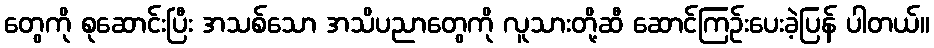
တွေကို စုဆောင်းပြီး အသစ်သော အသိပညာတွေကို လူသားတို့ဆီ ဆောင်ကြဉ်းပေးခဲ့ပြန် ပါတယ်။